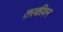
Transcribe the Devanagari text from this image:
तरकीवन